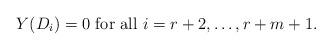
LaTeX: \begin{align*}\displaystyle Y(D_i)=0 \mbox{ for all } i=r+2,\ldots,r+m+1.\end{align*}